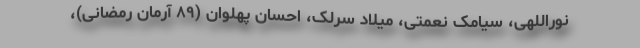
نوراللهی، سیامک نعمتی، میلاد سرلک، احسان پهلوان (۸۹ آرمان رمضانی)،